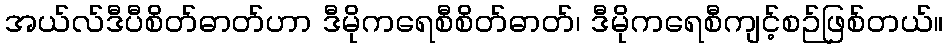
အယ်လ်ဒီပီစိတ်ဓာတ်ဟာ ဒီမိုကရေစီစိတ်ဓာတ်၊ ဒီမိုကရေစီကျင့်စဉ်ဖြစ်တယ်။